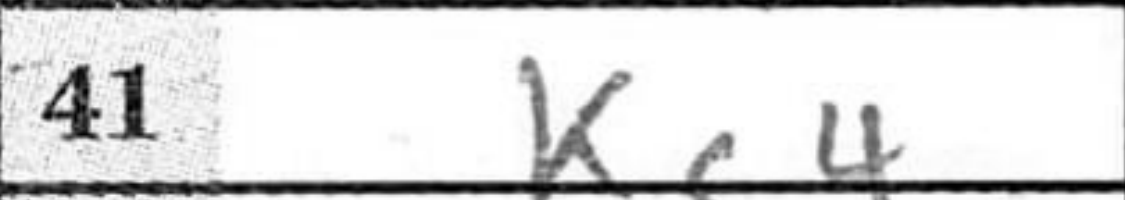
Transcription: Kc4